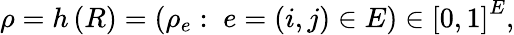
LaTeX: \begin{array}{r}{\rho=h\left(R\right)=\left(\rho_{e}:\; e=\left(i,j\right)\in E\right)\in\left[0,1\right]^{E},}\end{array}